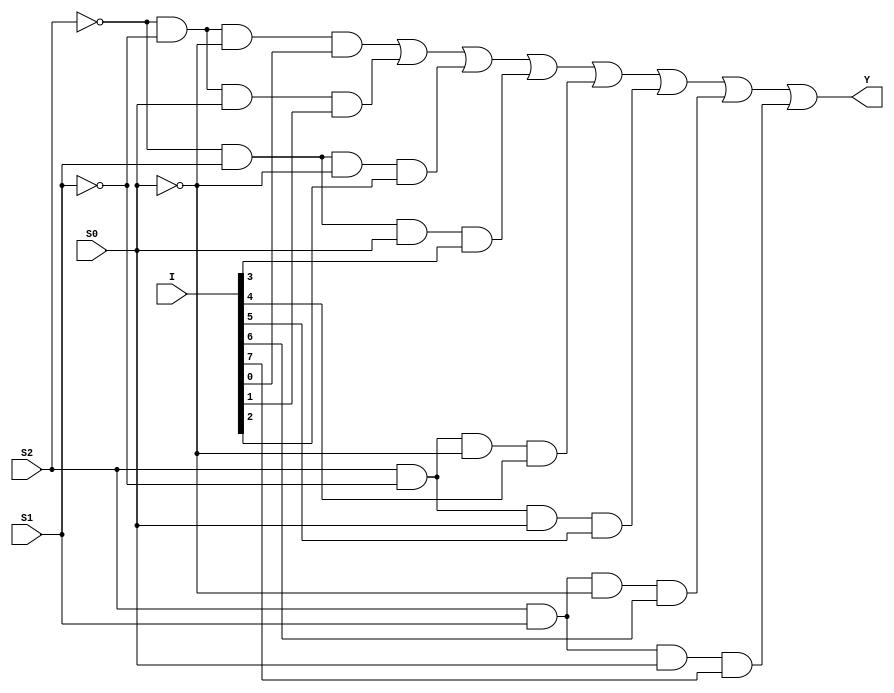
//Structural Modelling for 8:1 Mux

module mux_8_to_1_str(Y, I, S2, S1, S0);
output Y; input [7:0]I; input S2, S1, S0;
wire y1, y2, y3, y4, y5, y6, y7, y8, y9, y10, y11;
not g1(y1, S2); not g2(y2, S1); not g3(y3, S0);
and g4(y4, y1, y2, y3, I[0]);
and g5(y5, y1, y2, S0, I[1]);
and g6(y6, y1, S1, y3, I[2]);
and g7(y7, y1, S1, S0, I[3]);
and g8(y8, S2, y2, y3, I[4]);
and g9(y9, S2, y2, S0, I[5]);
and g10(y10, S2, S1, y3, I[6]);
and g11(y11, S2, S1, S0, I[7]);
or g12(Y, y4, y5, y6, y7, y8, y9, y10, y11);
endmodule